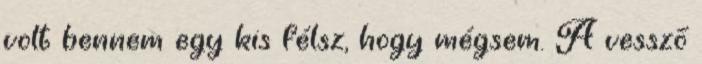
volt bennem egy kis félsz, hogy mégsem. A vessző